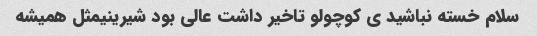
سلام خسته نباشید ی کوچولو تاخیر داشت عالی بود شیرینیمثل همیشه